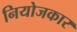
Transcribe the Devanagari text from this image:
नियोजकार